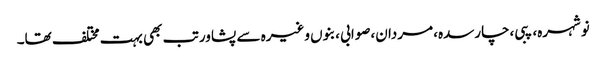
نوشہرہ، پبی،چارسدہ، مردان،صوابی ،بنوں وغیرہ سے پشاور تب بھی بہت مختلف تھا۔